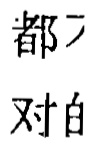
都  都
对白